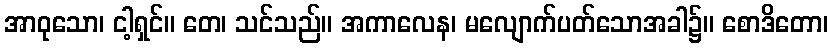
အာဝုသော၊ ငါ့ရှင်။ တေ၊ သင်သည်။ အကာလေန၊ မလျောက်ပတ်သောအခါ၌။ စောဒိတော၊